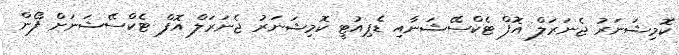
ކޮމިޝަނަރު ޖެނަރަލް އޮފް ޓެކްސޭޝަނާއި ޑެޕިއުޓީ ކޮމިޝަނަރު ޖެނަރަލް އޮފް ޓެކްސޭޝަނަށް ފޯން